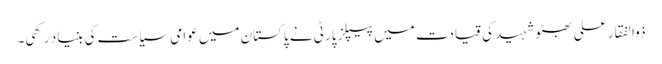
ذوالفقار علی بھٹو شہید کی قیادت میں پیپلز پارٹی نے پاکستان میں عوامی سیاست کی بنیاد رکھی۔